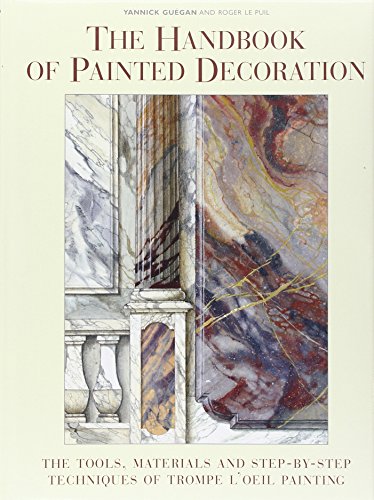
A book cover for The Handbook of Painted Decoration: The Tools, Materials, and Step-by-Step Techniques of Trompe L'Oeil Painting; Yannick Guegan; Arts & Photography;